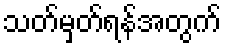
သတ်မှတ်ရန်အတွက်